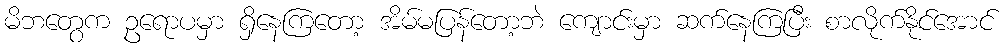
မိဘတွေက ဥရောပမှာ ရှိနေကြတော့ အိမ်မပြန်တော့ဘဲ ကျောင်းမှာ ဆက်နေကြပြီး စာလိုက်နိုင်အောင်